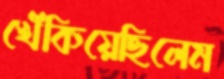
খেঁকিয়েছিলেম